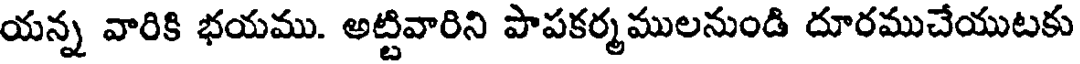
యన్న వారికి భయము. అట్టివారిని పాపకర్మములనుండి దూరముచేయుటకు